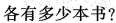
各有多少本书?